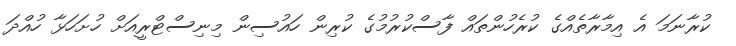
ކުރާނަމަ އެ އިމާރާތެއްގެ ކުރެހުންތައް ފާސްކުރުމުގެ ކުރިން ހައުސިން މިނިސްޓްރީއަށް ހުށަހަޅާ ހުއްދަ